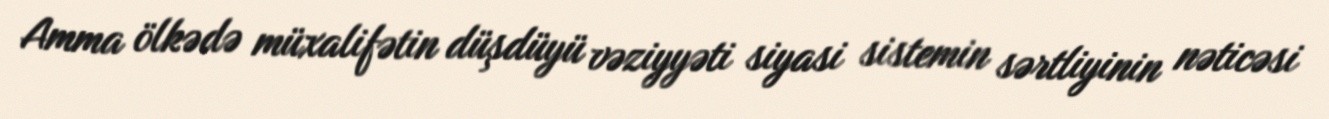
Amma ölkədə müxalifətin düşdüyü vəziyyəti siyasi sistemin sərtliyinin nəticəsi